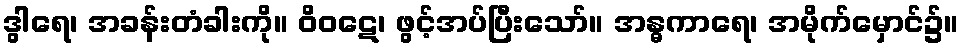
ဒွါရေ၊ အခန်းတံခါးကို။ ဝိဝဋေ၊ ဖွင့်အပ်ပြီးသော်။ အန္ဓကာရေ၊ အမိုက်မှောင်၌။